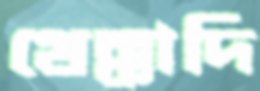
থেক্কাদি